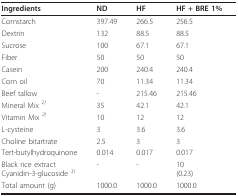
<table><thead><tr><td><b>Ingredients</b></td><td><b>ND</b></td><td><b>HF</b></td><td><b>HF + BRE 1%</b></td></tr></thead><tbody><tr><td>Cornstarch</td><td>397.49</td><td>266.5</td><td>256.5</td></tr><tr><td>Dextrin</td><td>132</td><td>88.5</td><td>88.5</td></tr><tr><td>Sucrose</td><td>100</td><td>67.1</td><td>67.1</td></tr><tr><td>Fiber</td><td>50</td><td>50</td><td>50</td></tr><tr><td>Casein</td><td>200</td><td>240.4</td><td>240.4</td></tr><tr><td>Corn oil</td><td>70</td><td>11.34</td><td>11.34</td></tr><tr><td>Beef tallow</td><td>-</td><td>215.46</td><td>215.46</td></tr><tr><td>Mineral Mix <i><sup>2)</sup></i></td><td>35</td><td>42.1</td><td>42.1</td></tr><tr><td>Vitamin Mix <i><sup>2)</sup></i></td><td>10</td><td>12</td><td>12</td></tr><tr><td>L-cysteine</td><td>3</td><td>3.6</td><td>3.6</td></tr><tr><td>Choline bitartrate</td><td>2.5</td><td>3</td><td>3</td></tr><tr><td>Tert-butylhydroquinone</td><td>0.014</td><td>0.017</td><td>0.017</td></tr><tr><td>Black rice extractCyanidin-3-glucoside <i><sup>3)</sup></i></td><td>-</td><td>-</td><td>10(0.23)</td></tr><tr><td>Total amount (g)</td><td>1000.0</td><td>1000.0</td><td>1000.0</td></tr></tbody></table>